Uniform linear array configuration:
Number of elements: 4
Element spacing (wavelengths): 0.5
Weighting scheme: blackman
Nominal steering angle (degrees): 45
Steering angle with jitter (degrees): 43.626
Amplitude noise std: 0.05
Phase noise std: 0.05

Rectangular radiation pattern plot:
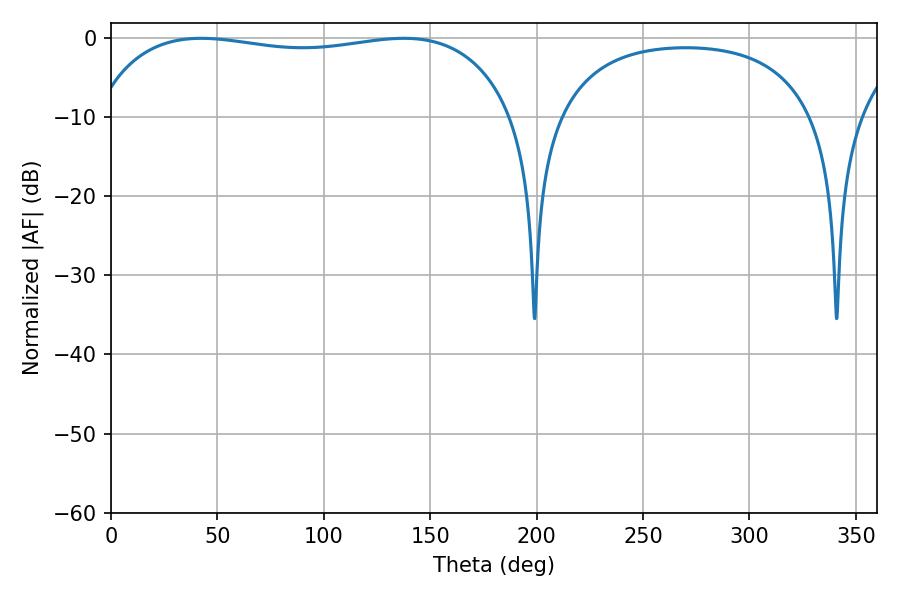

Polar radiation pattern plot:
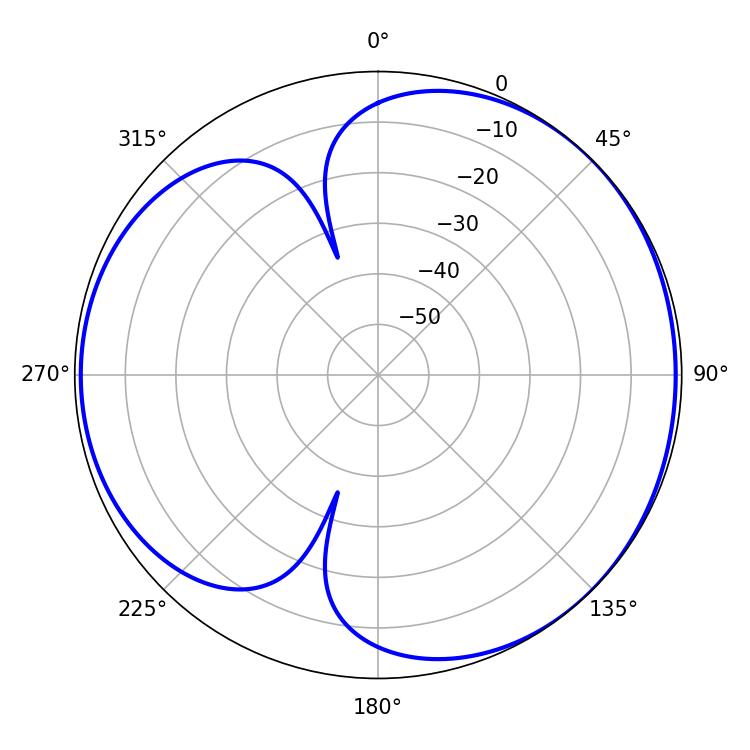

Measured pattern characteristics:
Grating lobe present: FALSE
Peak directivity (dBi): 4.182
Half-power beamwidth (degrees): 159.84
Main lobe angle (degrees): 42.3